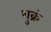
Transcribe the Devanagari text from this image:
शुक्रं